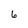
Character: 6